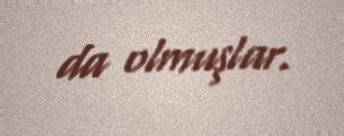
da olmuşlar.